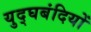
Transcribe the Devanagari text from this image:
युद्घबंदियों